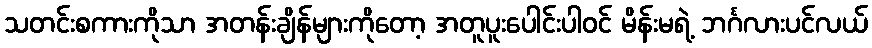
သတင်းစကားကိုသာ အတန်းချိန်များကိုတော့ အတူပူးပေါင်းပါဝင် မိန်းမရဲ့ ဘင်္ဂလားပင်လယ်